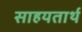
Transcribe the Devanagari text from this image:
साहयतार्थ